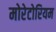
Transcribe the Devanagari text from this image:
मोरेटोरियम